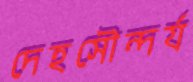
দেহসৌন্দর্য